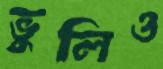
ভুলিও